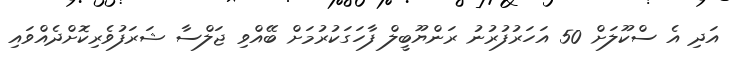
އަދި އެ ސްކޫލަށް 50 އަހަރުފުރުނު ރަންޔޫބީލް ފާހަގަކުރުމަށް ބޭއްވި ޖަލްސާ ޝަރަފުވެރިކޮށްދެއްވައި